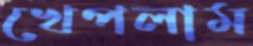
খেপলাম